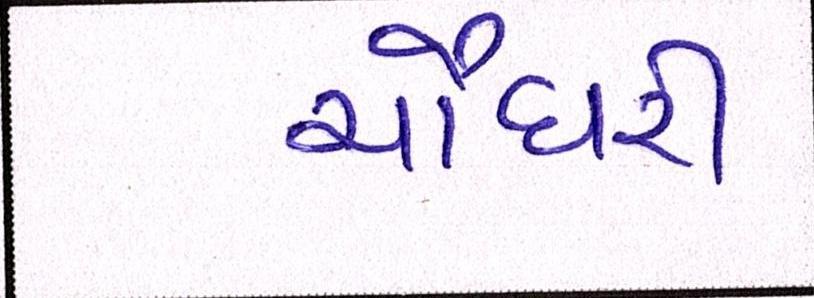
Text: ચૌધરી